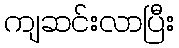
ကျဆင်းလာပြီး